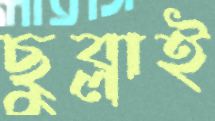
ছুব্‌লাই